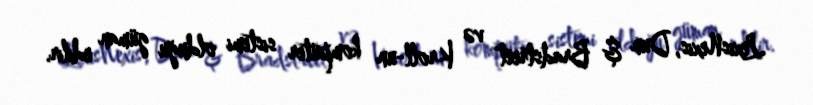
LexisNexis, Dun & Bradstreet və Kroll-un kompüter sistemi olduğu güman edilir.